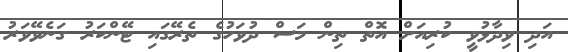
އަދި ވިދާޅުވީ ކުރިއަށް އޮތް ތިން މަސް ދުވަހުގެ ތެރޭގައި ޓޭންކަރު ގަނެވޭވަރު